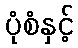
ပုံစံနှင့်